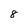
Character: 8